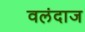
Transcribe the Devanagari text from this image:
वलंदाज